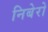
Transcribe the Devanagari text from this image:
निबेरो